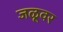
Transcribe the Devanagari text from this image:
जळूवर